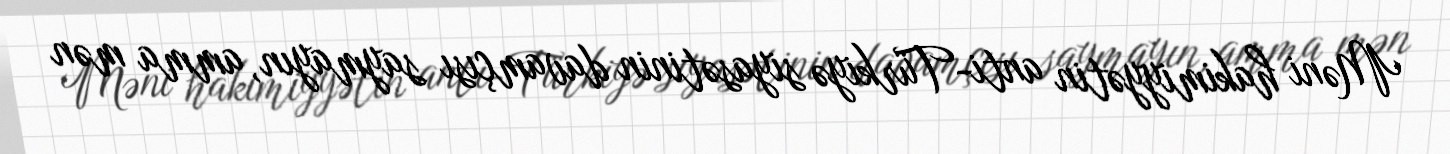
Məni hakimiyyətin anti-Türkiyə siyasətinin davamçısı saymayın, amma mən